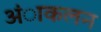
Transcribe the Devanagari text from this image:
अंाकलन